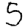
Digit: 5